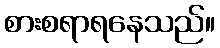
စားစရာရနေသည်။